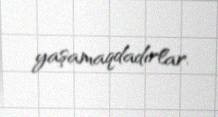
yaşamaqdadırlar.